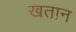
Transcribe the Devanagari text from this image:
खतान